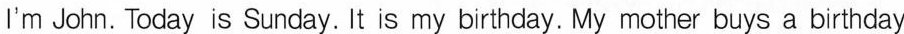
I'm John. Today is Sunday. It is my birthday. My mother buys a birthday